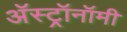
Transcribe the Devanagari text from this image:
अॅस्ट्रॉनॉमी